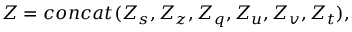
Z = c o n c a t ( Z _ { s } , Z _ { z } , Z _ { q } , Z _ { u } , Z _ { v } , Z _ { t } ) ,